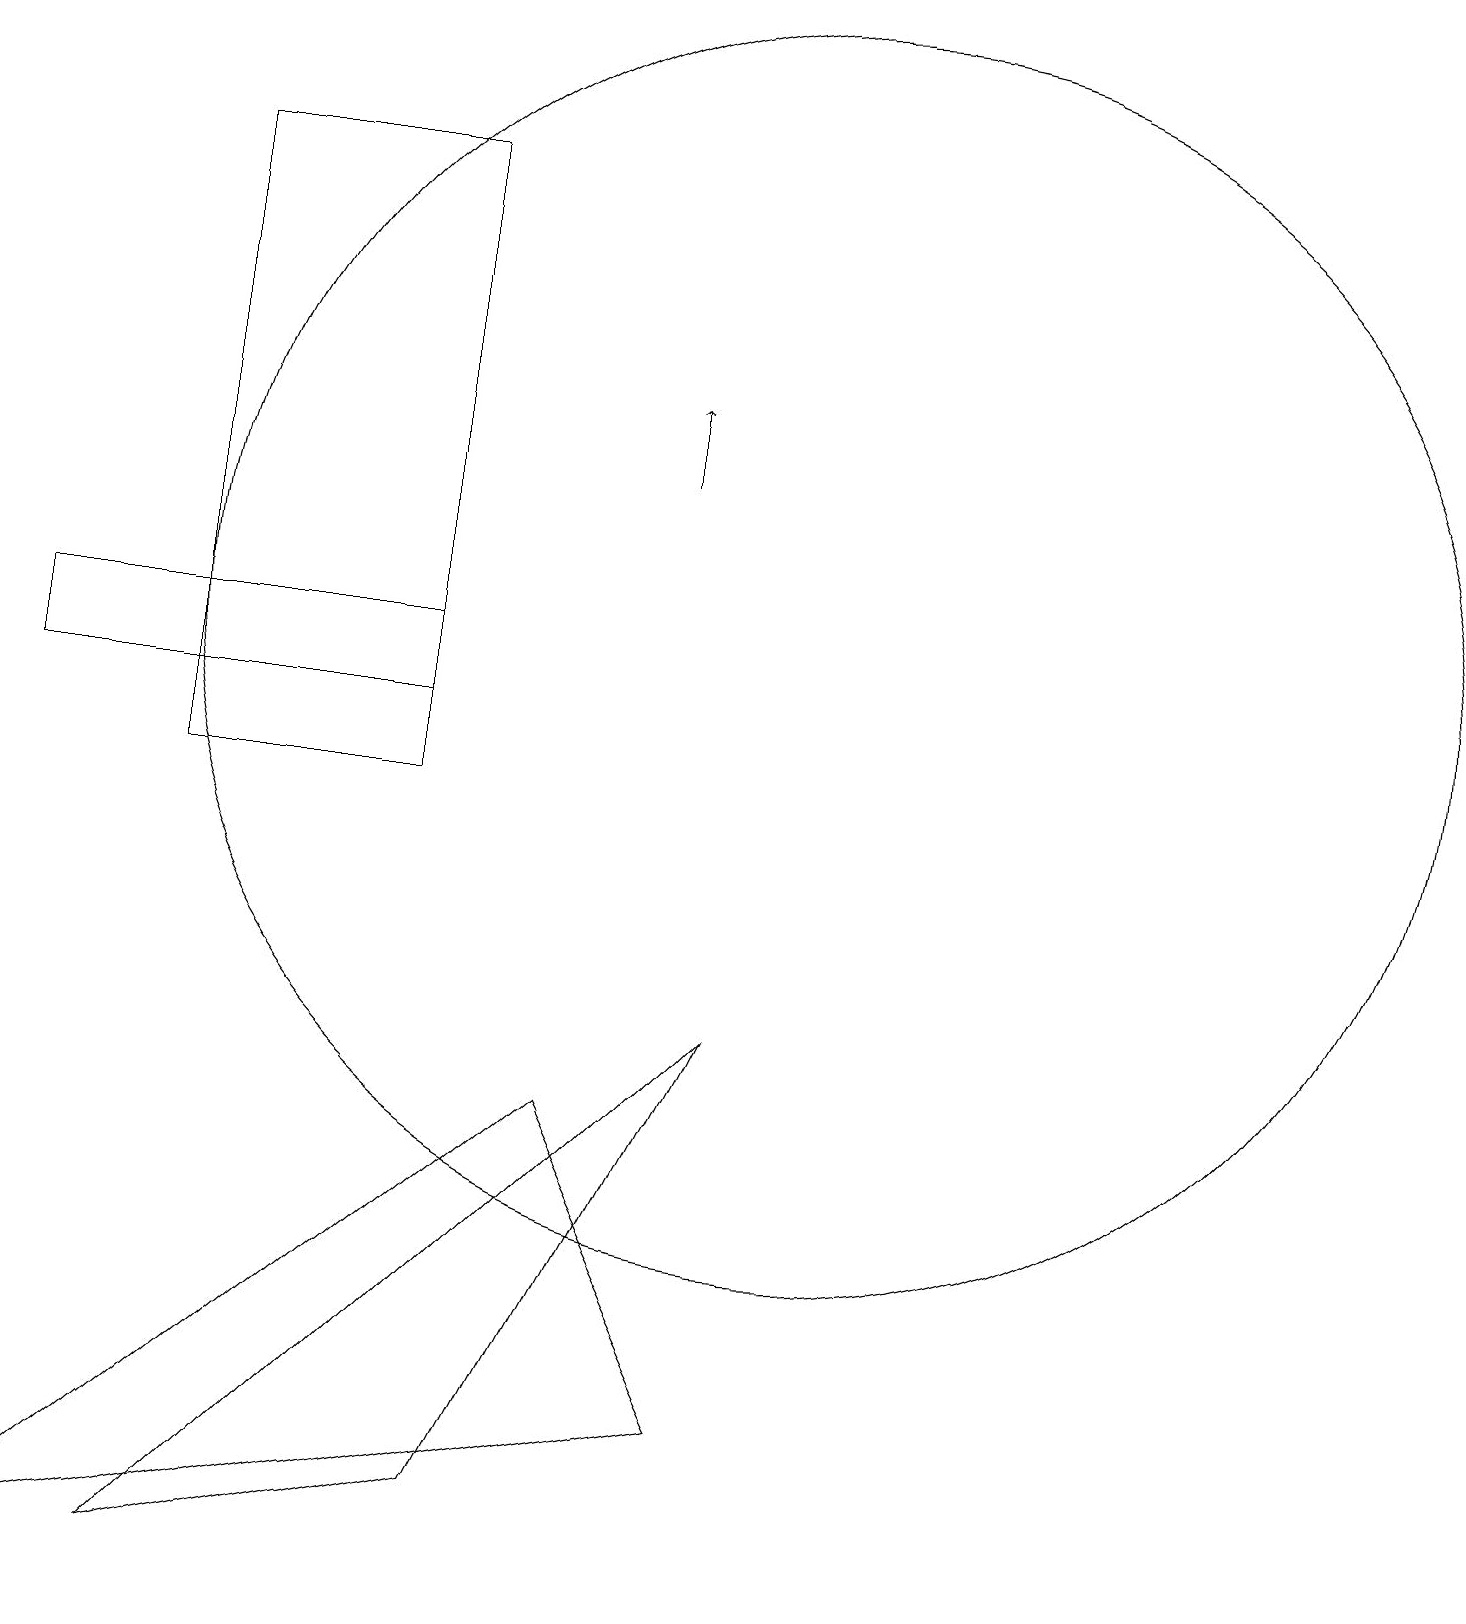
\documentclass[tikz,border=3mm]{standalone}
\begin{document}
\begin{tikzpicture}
\draw (9,2) -- (7,6) -- (0,0) -- cycle;
\draw[->] (8,14) -- (8,15);
\draw (9,7) -- (2,0) -- (6,1) -- cycle;
\draw (5,12) rectangle (0,11);
\draw (10,12) circle (8);
\draw (5,18) rectangle (2,10);
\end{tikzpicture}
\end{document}